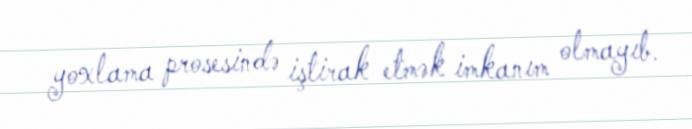
yoxlama prosesində iştirak etmək imkanım olmayıb.